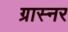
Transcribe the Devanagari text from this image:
ग्रास्नर